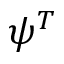
\psi ^ { T }